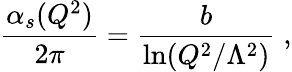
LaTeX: {\frac{\alpha_{s}(Q^{2})}{2\pi}}={\frac{b}{\ln(Q^{2}/\Lambda^{2})}}\; ,